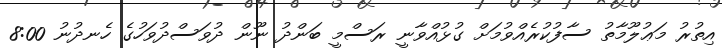
އިތުރު މަޢުލޫމާތު ސާފުކުރެއްވުމަށް ގުޅުއްވާނީ ރަސްމީ ބަންދު ނޫން ދުވަސްދުވަހުގެ ހެނދުނު 8:00